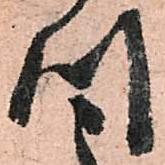
川